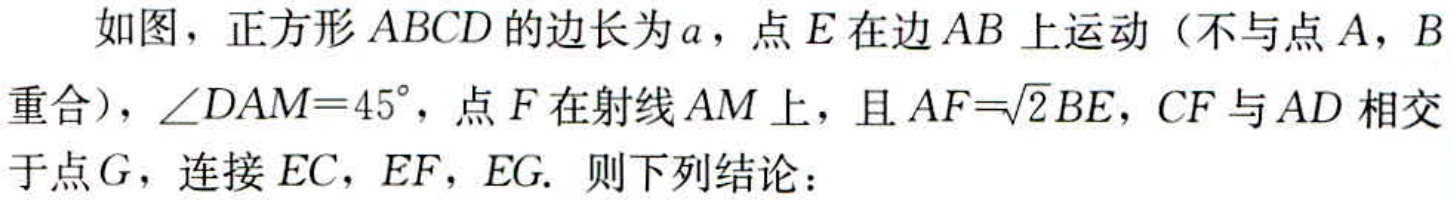
如图，正方形\(ABCD\)的边长为\(a\)，点\(E\)在边\(AB\)上运动（不与点\(A\)，\(B\)重合），\(\angle DAM = 45^{\circ}\)，点\(F\)在射线\(AM\)上，且\(AF = \sqrt{2}BE\)，\(CF\)与\(AD\)相交于点\(G\)，连接\(EC\)，\(EF\)，\(EG\). 则下列结论：